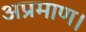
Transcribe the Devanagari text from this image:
अप्रमाण।